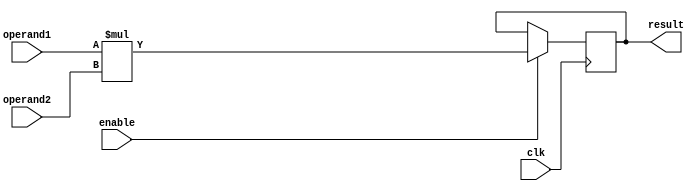
module multiplier (
    input wire clk,
    input wire [31:0] operand1,
    input wire [31:0] operand2,
    input wire enable,
    output reg [63:0] result
);

always @(posedge clk) begin
    if(enable) begin
        result <= operand1 * operand2;
    end
end

endmodule